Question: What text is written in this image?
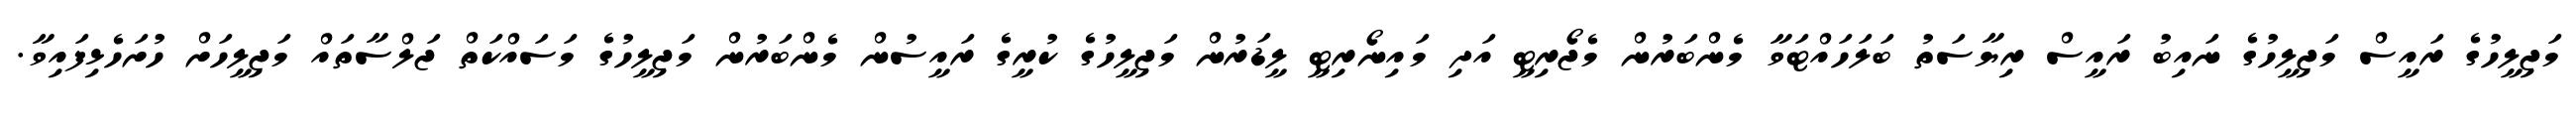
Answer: މަޖިލީހުގެ ރައީސް މަޖިލީހުގެ ނައިބު ރައީސް ރިޔާސަތު ބަލަހައްޓަވާ މެންބަރުން މެޖޯރިޓީ އަދި މައިނޯރިޓީ ލީޑަރުން މަޖިލީހުގެ ކުރީގެ ރައީސުން މެންބަރުން މަޖިލީހުގެ މަސައްކަތް ޖަލްސާތައް މަޖިލީހަށް ހުށަހެޅިފައިވާ.